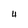
Character: 4